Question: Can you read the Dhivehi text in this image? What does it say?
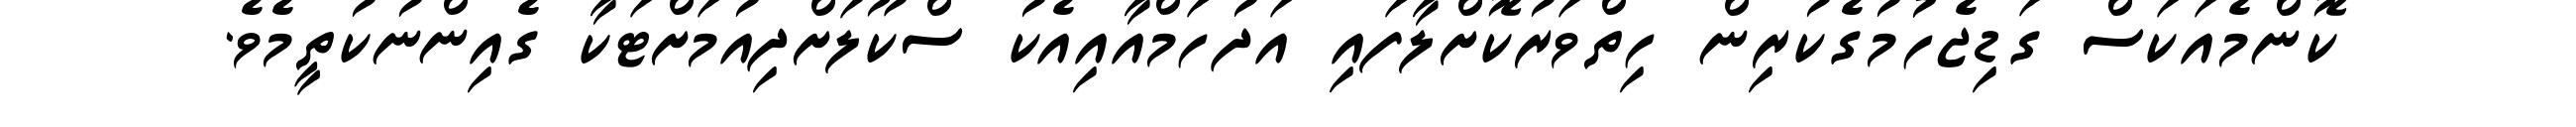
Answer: ކޮންމެއަކަސް ގަޑިޖެހުމުގެކުރިން ހިތްވަރުކޮށްލާފައި އަދުހަމްއާއިއެކު ސްކޫލަށްދިއުމަށްޓަކާ ގެއިންނުކުތީމެވެ.